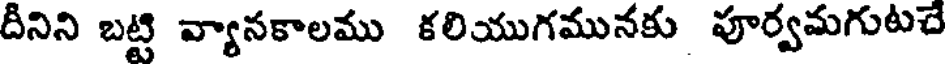
దీనిని బట్టి వ్యానకాలము కలియుగమునకు పూర్వమగుటచే